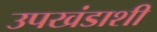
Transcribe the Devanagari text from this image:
उपखंडाशी